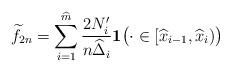
LaTeX: \begin{align*}\widetilde{f}_{2n} = \sum_{i=1}^{\widehat m} \frac{2N_i'}{n\widehat \Delta_i} \mathbf{1}\big( \cdot \in [\widehat x_{i-1}, \widehat x_i) \big)\end{align*}